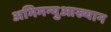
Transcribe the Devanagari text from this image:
अभिमन्युआख्यान